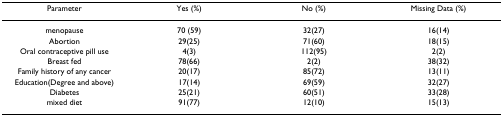
<table><thead><tr><td><b>Parameter</b></td><td><b>Yes (%)</b></td><td><b>No (%)</b></td><td><b>Missing Data (%)</b></td></tr></thead><tbody><tr><td>menopause</td><td>70 (59)</td><td>32(27)</td><td>16(14)</td></tr><tr><td>Abortion</td><td>29(25)</td><td>71(60)</td><td>18(15)</td></tr><tr><td>Oral contraceptive pill use</td><td>4(3)</td><td>112(95)</td><td>2(2)</td></tr><tr><td>Breast fed</td><td>78(66)</td><td>2(2)</td><td>38(32)</td></tr><tr><td>Family history of any cancer</td><td>20(17)</td><td>85(72)</td><td>13(11)</td></tr><tr><td>Education(Degree and above)</td><td>17(14)</td><td>69(59)</td><td>32(27)</td></tr><tr><td>Diabetes</td><td>25(21)</td><td>60(51)</td><td>33(28)</td></tr><tr><td>mixed diet</td><td>91(77)</td><td>12(10)</td><td>15(13)</td></tr></tbody></table>